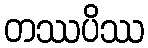
တဿပိဿ